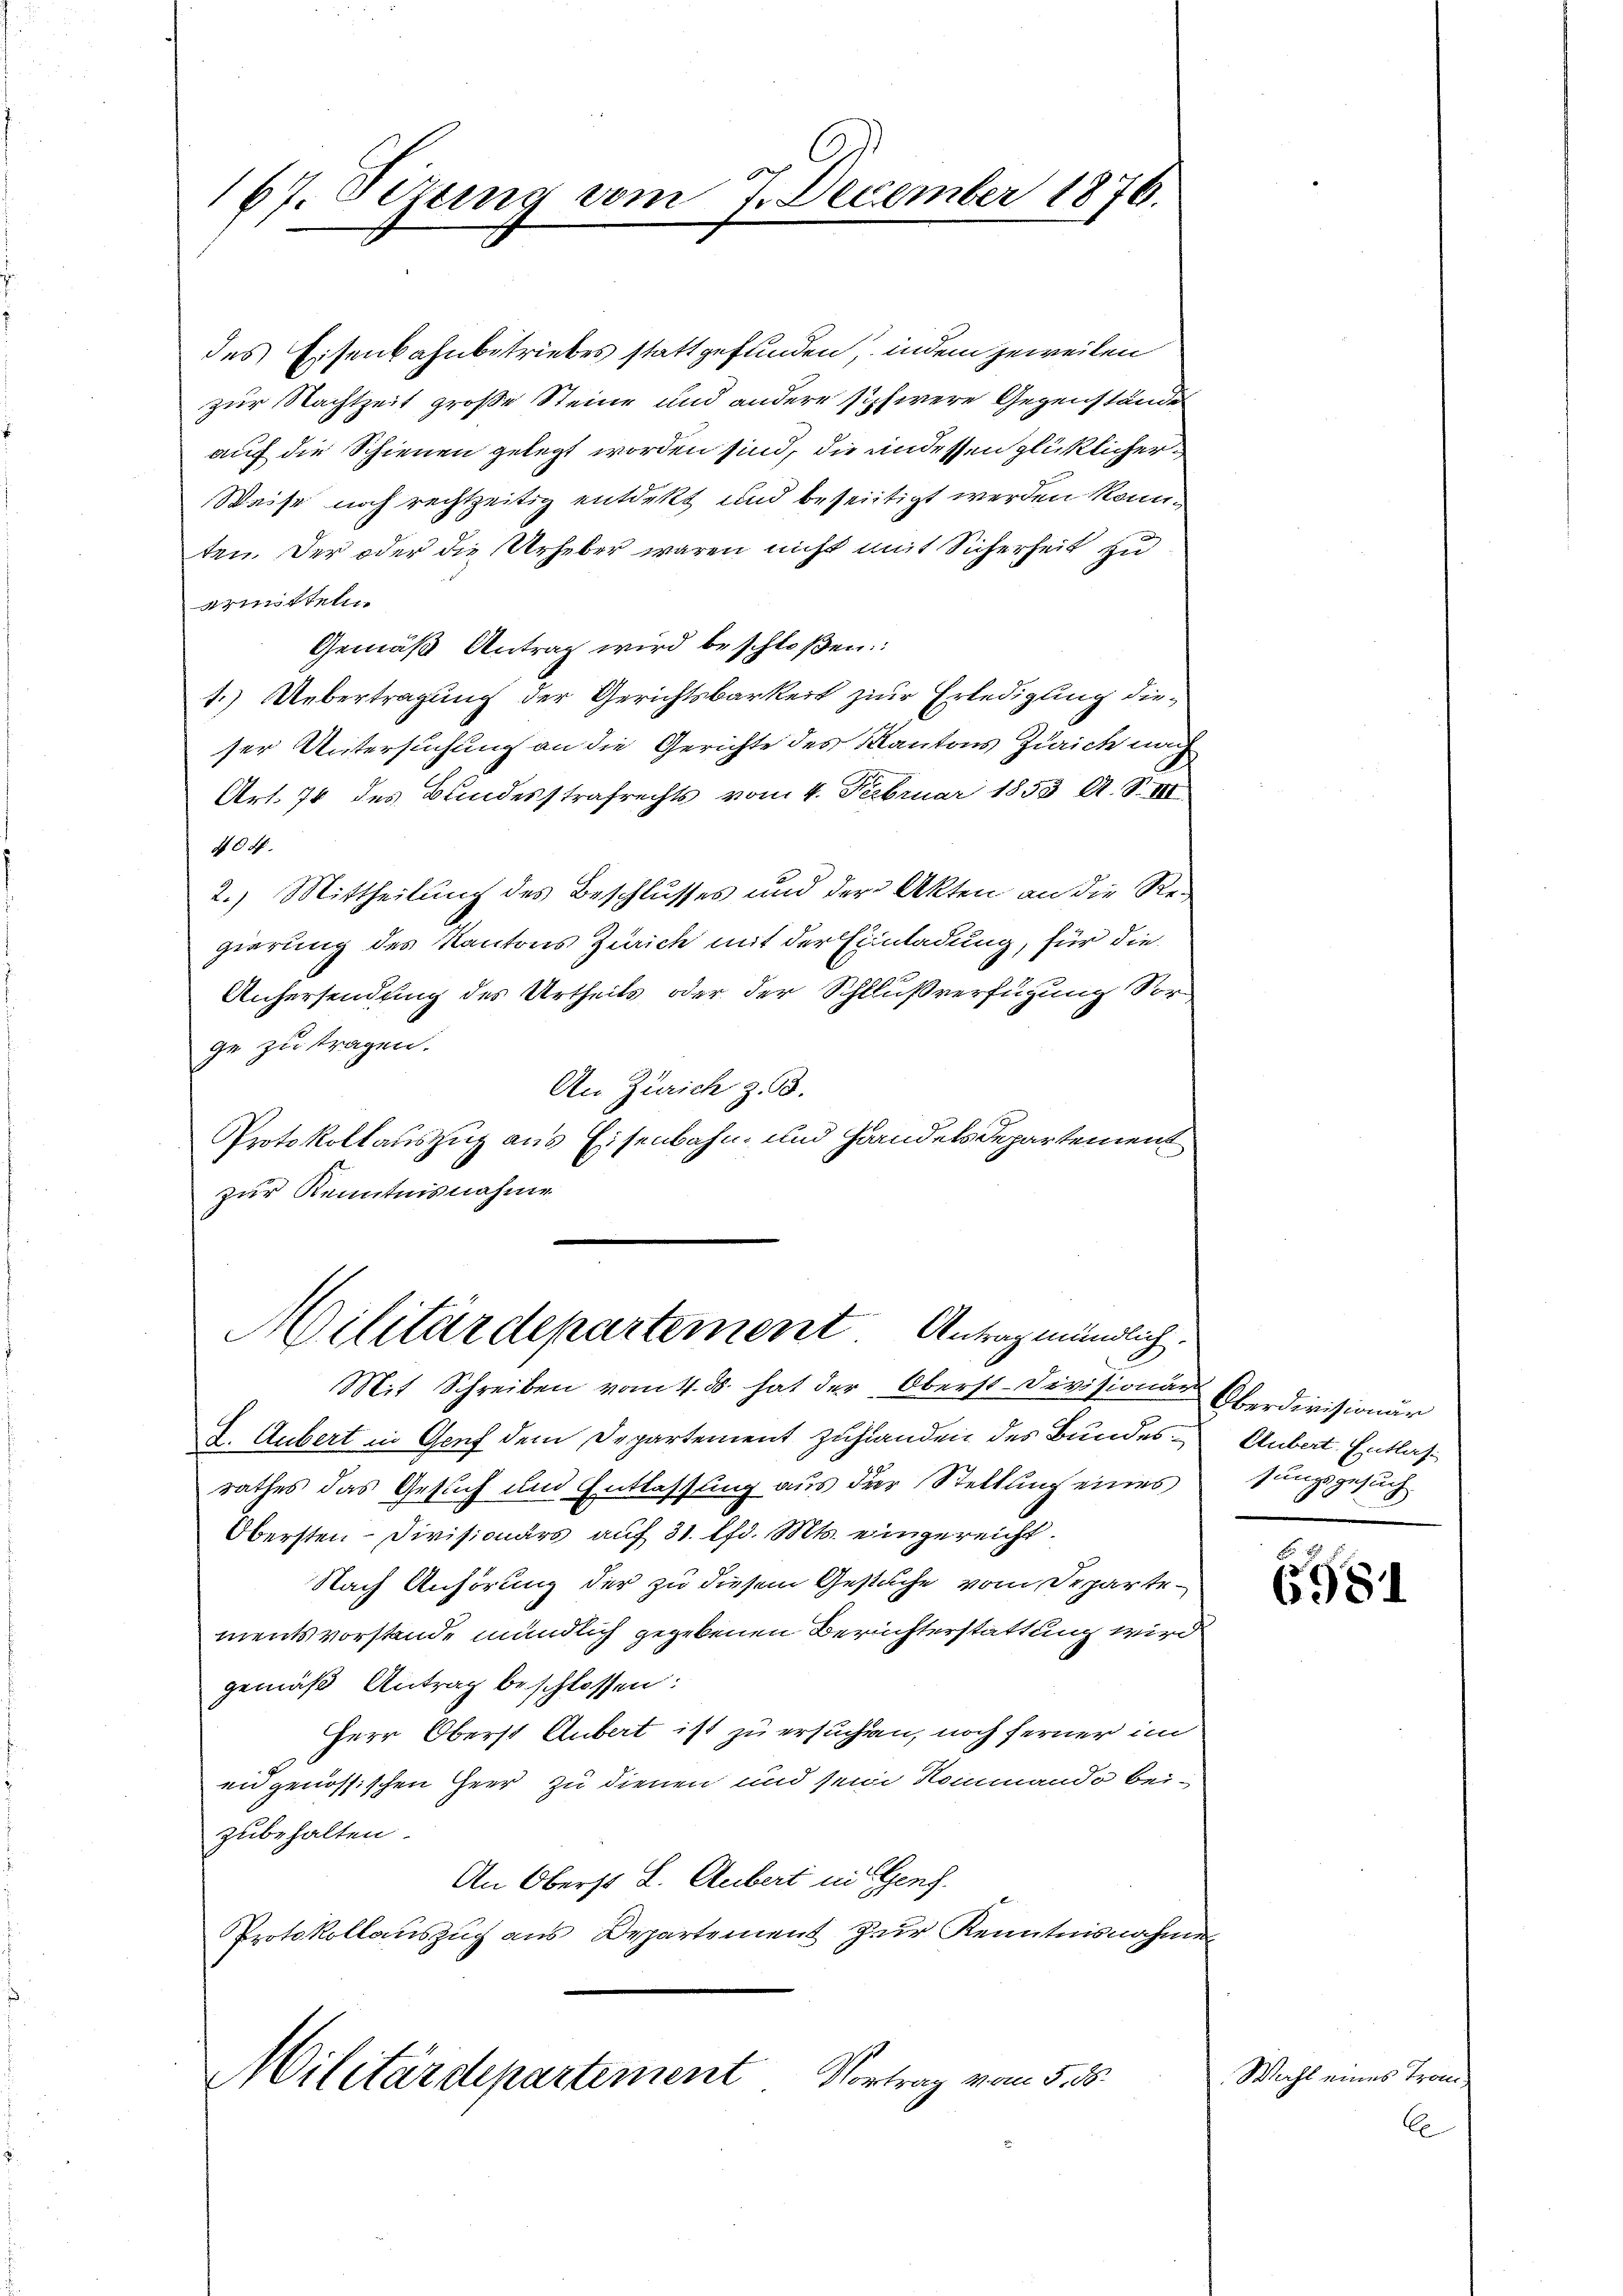
167. Setzung vom 7. Dezember 187.

des Eisenbahnbetriebes stattgefunden, indem jeweilen
zur Nachtzeit große Steine und andere schwere Gegenstände
auf die Schienen gelegt worden sind, die indessen glücklicher¬
Weise noch rechtzeitig entdekt und beseitigt werden könnten. Der oder die Urheber waren nicht mit Sicherheit zu
armitteln
Gemäß Antrag wird beschloßen:
1.) Uebertragung der Gerichtsbarkeit zur Erledigung dieser Untersuchung an die Gerichte des Kantons Zürich nach
Art. 74 des Bundesstrafrechts vom 4. Februar 1853 A. S. III
404.
2.) Mittheilung des Beschlusses und der Akten an die Re-
gierung des Kantons Zürich mit der Einladung, für die
Anhersendung des Urtheils oder der Schlußverfügung Vorge zu tragen.
An Zürich z. B.
Protokollauszug aus Eisenbahn- und Handels Departement
zur Kenntnisnahme

Militärdepartement Antrag mündlich.

Mit Schreiben vom 4. ds. hat der Oberst-Divisionen Oberdivisionär
I. Aubert in Genf dem Departement zufinden des Bundes Anbet. Entlasrathes das Gesuch und Entlassung aus der Stellung eines sungsgesuch
Obersten Divisionärs auf 31. lfd. Mts. eingereicht.
Nach Anhörung der zu diesem Gesuche vom Departementsvorstande mündlich gegebenen Berüchterstattung wird
gemäß Antrag beschlossen:
Herr Oberst Aubert ist zu ersuchen, noch ferner im
eidgenössischen Heer zu dienen und seine Kommando beizubehalten.
An Oberst L. Gubert in Genf.
Protokollauszug aus Departement zur Kenntnisnahme

Militärdepartement Vortrag vom 5. 16.

6981

Wahl eines Tran¬
Co